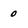
Character: 0